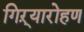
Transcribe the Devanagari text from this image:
गिऱ्यारोहण